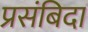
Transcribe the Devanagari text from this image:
प्रसंबिदा